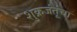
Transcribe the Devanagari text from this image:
शुक्रजंतूंचा